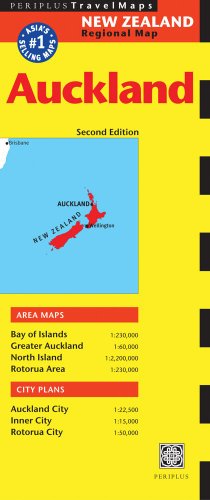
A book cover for Auckland Travel Map Second Edition (Australia Regional Maps); Travel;